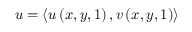
\boldsymbol { u } = \left< u \left( x , y , 1 \right) , v \left( x , y , 1 \right) \right>